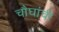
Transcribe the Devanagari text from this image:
चौघांची